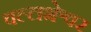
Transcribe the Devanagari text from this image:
वल्लभेश्वर